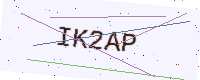
Text: IK2AP